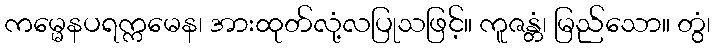
ကမ္မေနပရက္ကမေန၊ အားထုတ်လုံ့လပြုသဖြင့်။ ကူဇန္တံ၊ မြည်သော။ တွံ၊